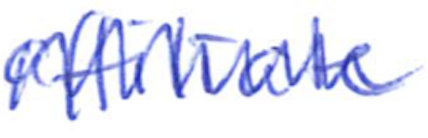
Text: affiliate
Cross-out: mix
Writing tool: ballpoint